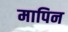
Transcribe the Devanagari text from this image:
मापिन